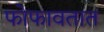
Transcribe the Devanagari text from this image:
फोफावतात